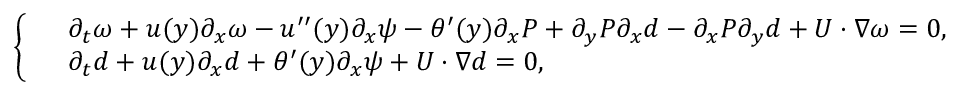
\left\{ \begin{array} { r l } & { \partial _ { t } \omega + u ( y ) \partial _ { x } \omega - u ^ { \prime \prime } ( y ) \partial _ { x } \psi - \theta ^ { \prime } ( y ) \partial _ { x } P + \partial _ { y } P \partial _ { x } d - \partial _ { x } P \partial _ { y } d + U \cdot \nabla \omega = 0 , } \\ & { \partial _ { t } d + u ( y ) \partial _ { x } d + \theta ^ { \prime } ( y ) \partial _ { x } \psi + U \cdot \nabla d = 0 , } \end{array} \right.